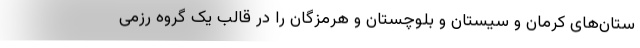
ستان‌های کرمان و سیستان و بلوچستان و هرمزگان را در قالب یک گروه رزمی